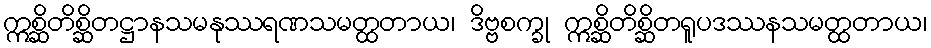
ဣစ္ဆိတိစ္ဆိတဋ္ဌာနသမနုဿရဏသမတ္ထတာယ၊ ဒိဗ္ဗစက္ခု ဣစ္ဆိတိစ္ဆိတရူပဒဿနသမတ္ထတာယ၊